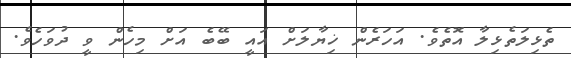
ތެޅިލަތެޅިލާ އޮތެވެ. އަހަރެން ޚިޔާލަށް އައީ ބޭބެ އަށް މިހެން ވީ ދުވަހެވެ.